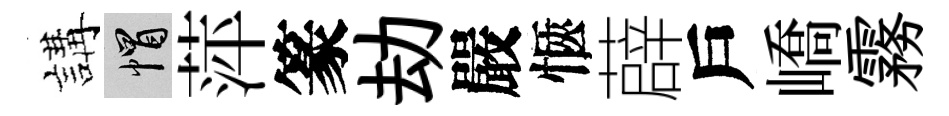
講帽萍篆劫嚴愜薜戶嶠霧